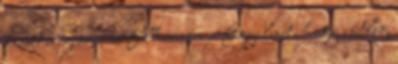
kicsit még arra is felhívnám a figyelmet, hogy esetleg